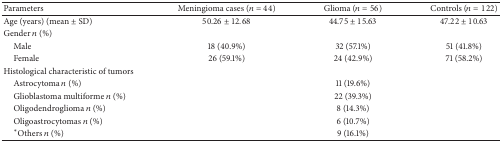
<table><thead><tr><td><b>Parameters</b></td><td><b>Meningioma cases (<i>n</i> = 44) </b></td><td><b>Glioma (<i>n</i> = 56)</b></td><td><b>Controls (<i>n</i> = 122) </b></td></tr></thead><tbody><tr><td>Age (years) (mean ± SD)</td><td>50.26 ± 12.68</td><td>44.75 ± 15.63</td><td>47.22 ± 10.63</td></tr><tr><td>Gender <i>n</i> (%)</td><td> </td><td> </td><td> </td></tr><tr><td> Male</td><td>18 (40.9%)</td><td>32 (57.1%)</td><td>51 (41.8%)</td></tr><tr><td> Female </td><td>26 (59.1%)</td><td>24 (42.9%)</td><td>71 (58.2%)</td></tr><tr><td>Histological characteristic of tumors</td><td> </td><td> </td><td> </td></tr><tr><td> Astrocytoma <i>n</i> (%)</td><td> </td><td>11 (19.6%)</td><td> </td></tr><tr><td> Glioblastoma multiforme <i>n</i> (%)</td><td> </td><td>22 (39.3%)</td><td> </td></tr><tr><td> Oligodendroglioma <i>n</i> (%)</td><td> </td><td>8 (14.3%)</td><td> </td></tr><tr><td> Oligoastrocytomas <i>n</i> (%)</td><td> </td><td>6 (10.7%)</td><td> </td></tr><tr><td> *Others <i>n</i> (%)</td><td> </td><td>9 (16.1%)</td><td> </td></tr></tbody></table>